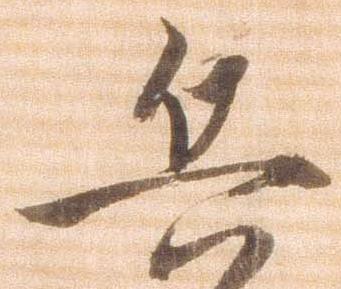
兵